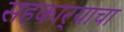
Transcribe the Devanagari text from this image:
सहकार्‍याचा